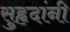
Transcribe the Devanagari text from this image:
सुहृदांनी